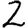
Digit: 2